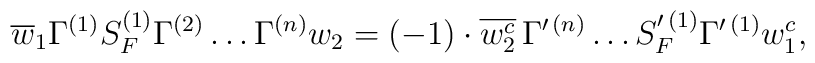
\overline{w}_1 \Gamma^{(1)} S_F^{(1)} \Gamma^{(2)} \ldots        \Gamma^{(n)} w_2 = (-1) \cdot \overline{w^c_2} \,         \Gamma^{\prime\,(n)} \ldots S_F^{\prime\,(1)} \Gamma^{\prime\,        (1)} w^c_1 ,